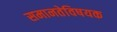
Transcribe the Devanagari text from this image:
समानतेविषयक